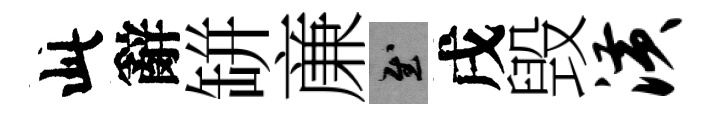
此辭缾亷慰戌毁潢